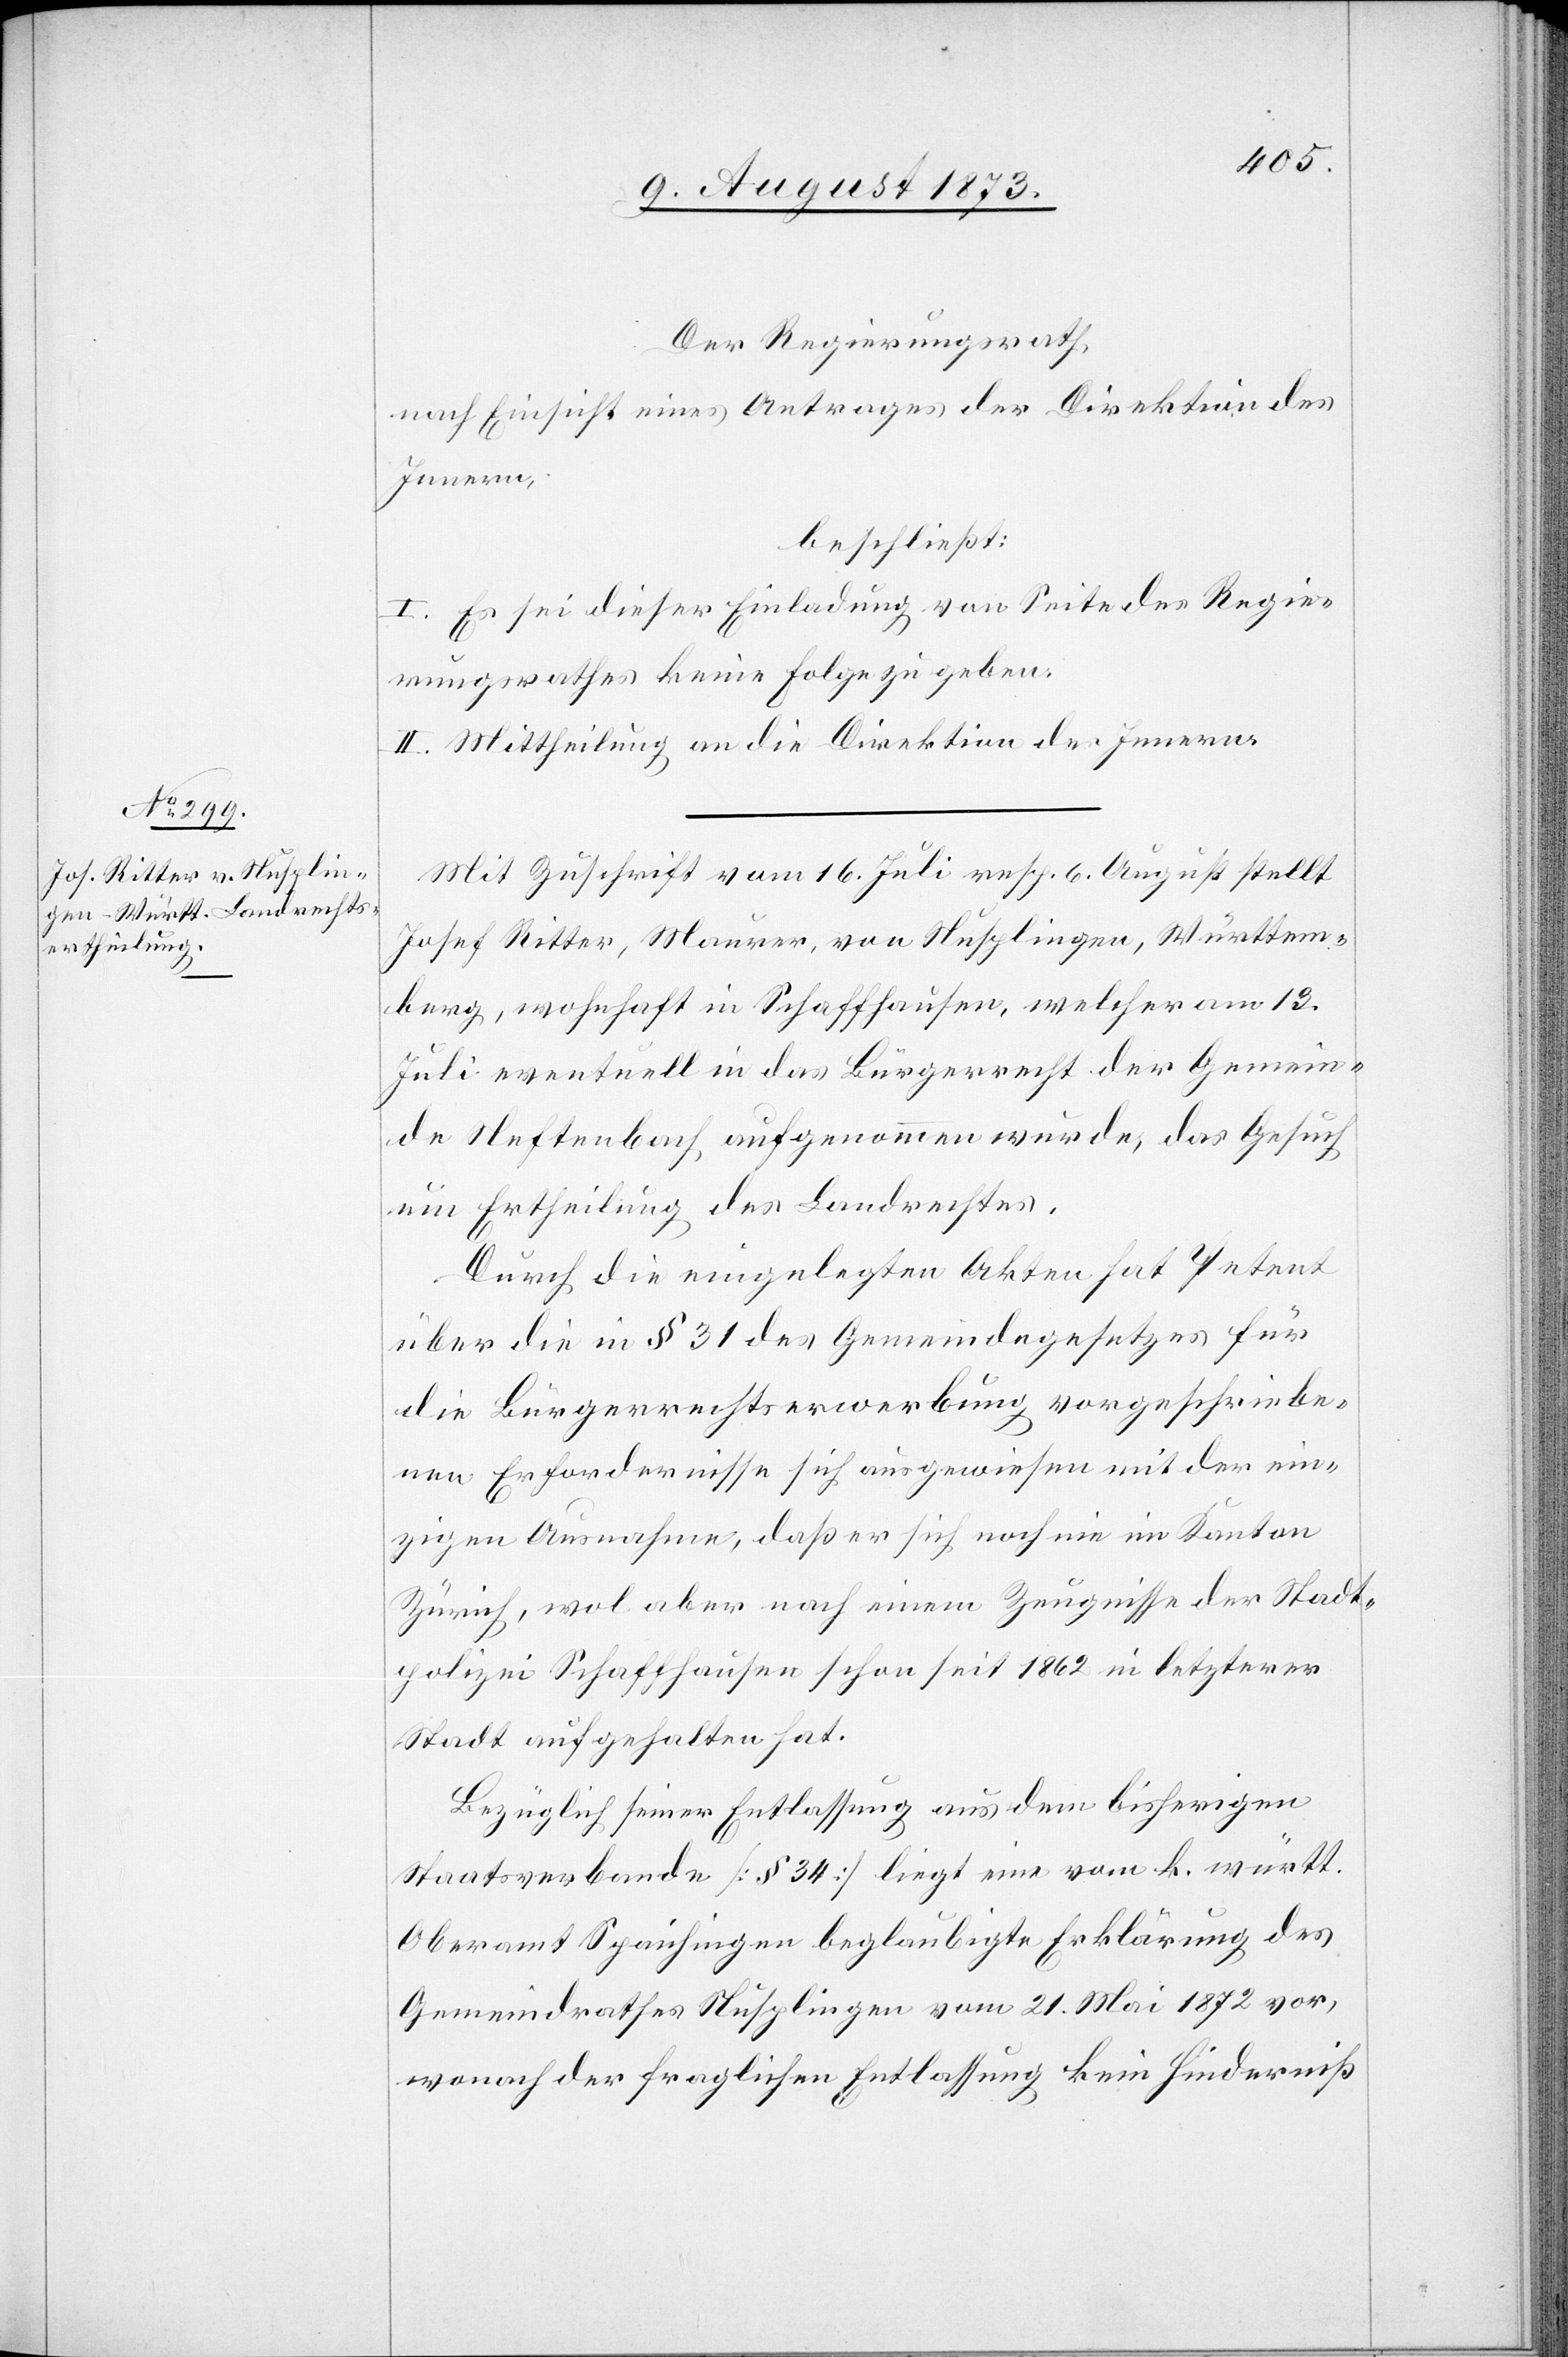
Der Regierungsrath
nach Einsicht eines Antrages der Direktion des
Innern,
beschließt:
I. Es sei dieser Einladung von Seite des Regie¬
rungsrathes keine Folge zu geben.
II. Mittheilung an die Direktion des Innern.